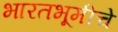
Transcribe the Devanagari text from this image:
भारतभूमीचे